Problem: 24 + 26 = ?
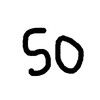
Handwritten answer: 50